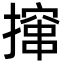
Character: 撺